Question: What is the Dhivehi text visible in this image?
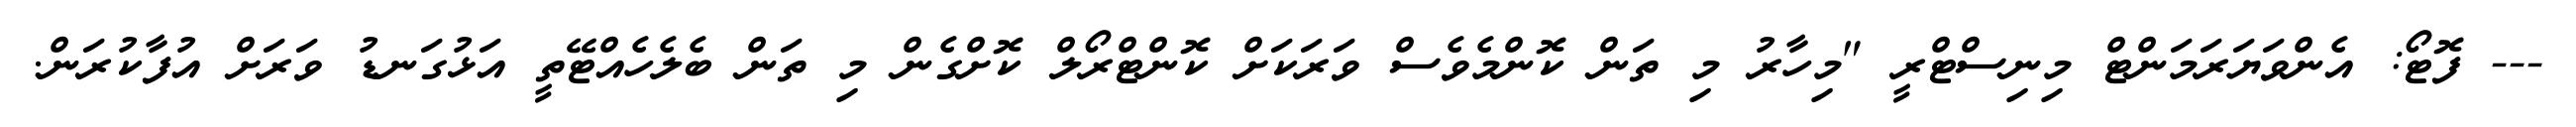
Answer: --- ފޮޓޯ: އެންވަޔަރަމަންޓް މިނިސްޓްރީ "މިހާރު މި ތަން ކޮންމެވެސް ވަރަކަށް ކޮންޓްރޯލް ކޮށްގެން މި ތަން ބެލެހެއްޓޭތީ އަޅުގަނޑު ވަރަށް އުފާކުރަން.